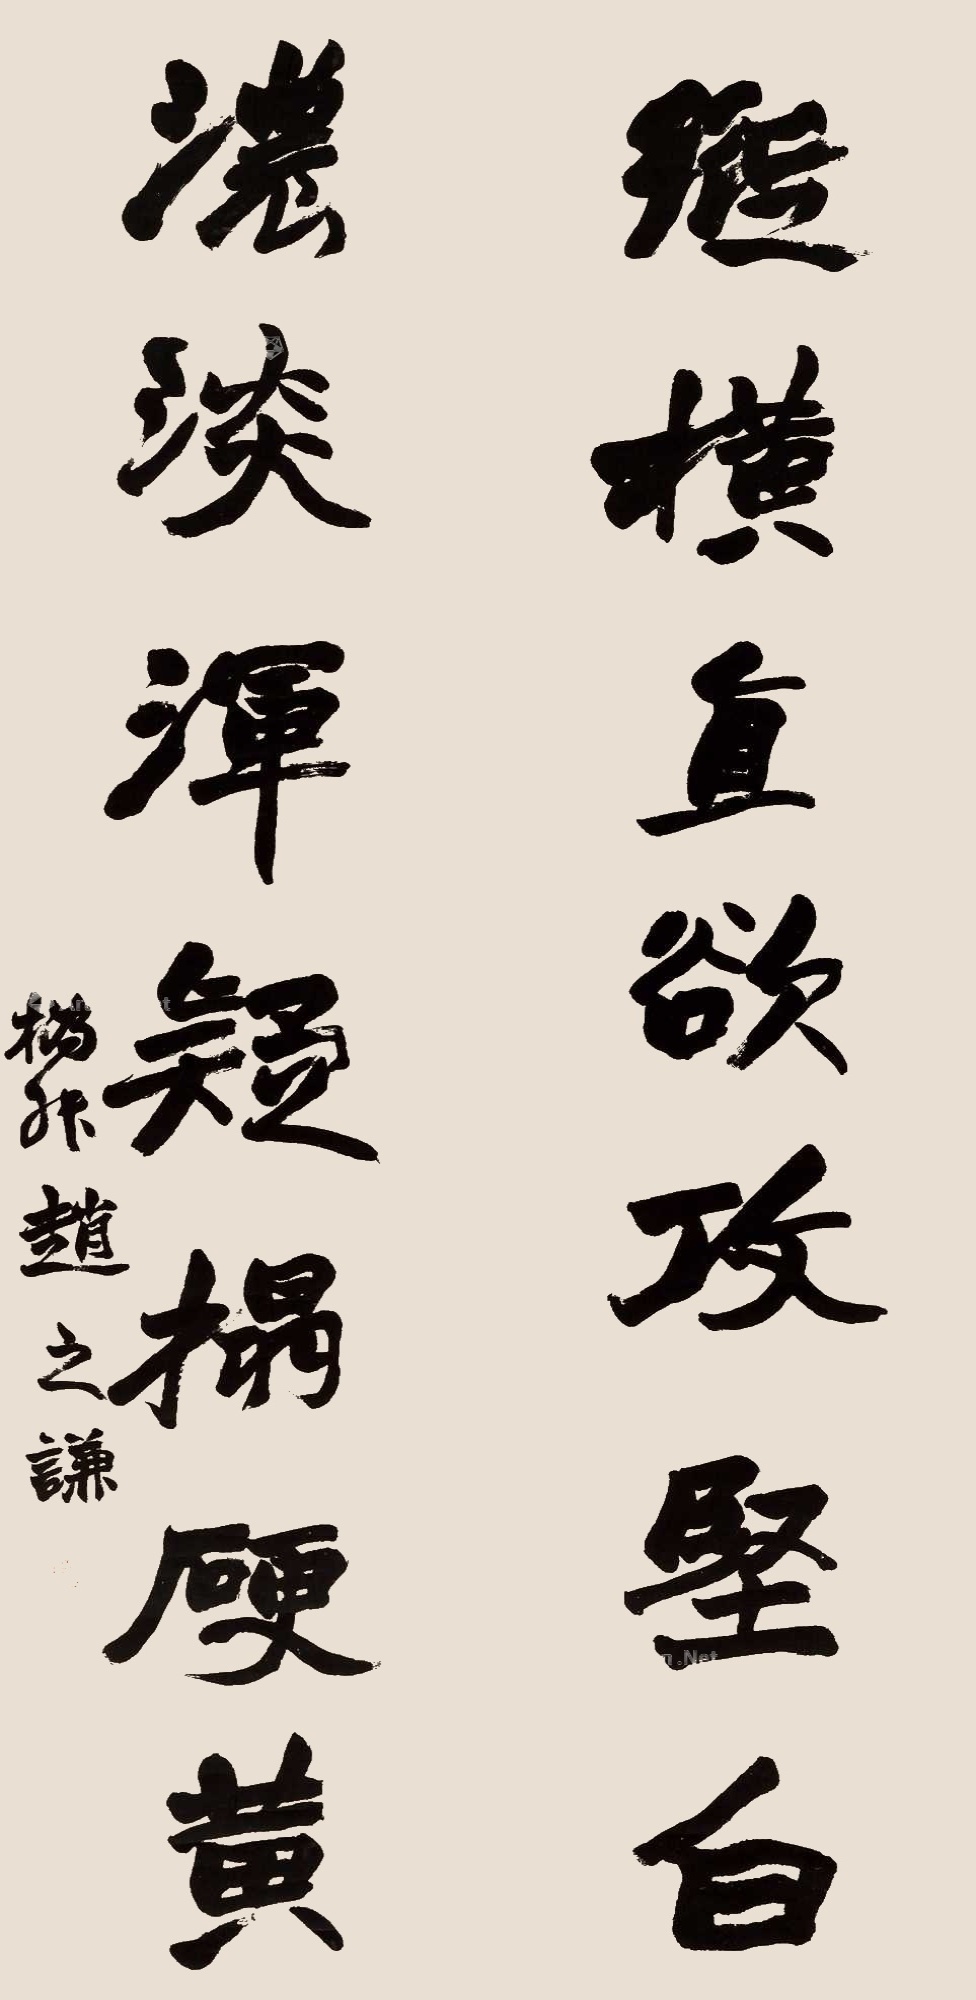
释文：纵横直欲攻坚白，浓淡浑疑榻硬黄。㧑叔赵之谦。